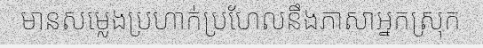
មានសម្លេងប្រហាក់ប្រហែលនឹងភាសាអ្នកស្រុក